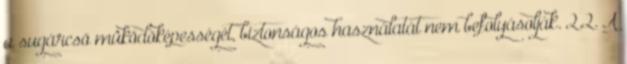
a sugárcsõ mûködõképességét, biztonságos használatát nem befolyásolják. 2.2. A